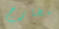
مخارج